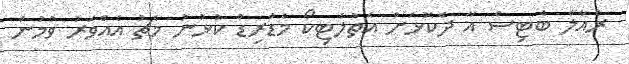
ރެއާލް ބެޓިސް އާ ދެކޮޅަށް އެތުލެޓިކޯ މެޑްރިޑް ކުޅުނު މެޗު އެއްވަރު ވުމުން